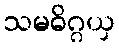
သမဓိဂ္ဂယှ